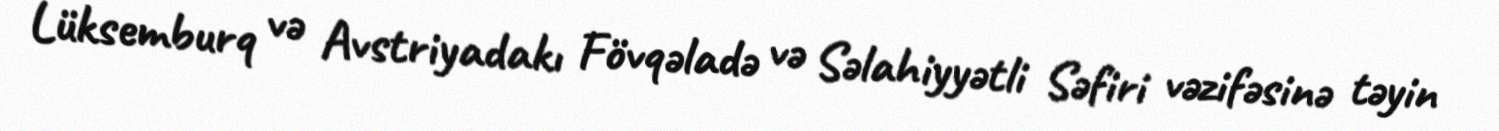
Lüksemburq və Avstriyadakı Fövqəladə və Səlahiyyətli Səfiri vəzifəsinə təyin